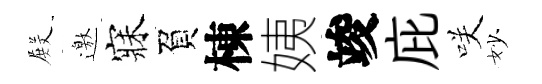
𭮺邀寐負棟姨竣庇咲妙